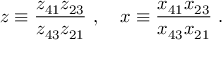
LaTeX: z \equiv \frac { z _ { 4 1 } z _ { 2 3 } } { z _ { 4 3 } z _ { 2 1 } } ~ , ~ ~ ~ x \equiv \frac { x _ { 4 1 } x _ { 2 3 } } { x _ { 4 3 } x _ { 2 1 } } ~ .